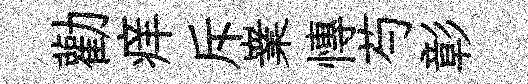
勸痒斥嶪慱芍彰